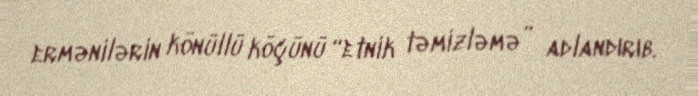
ermənilərin könüllü köçünü “etnik təmizləmə” adlandırıb.